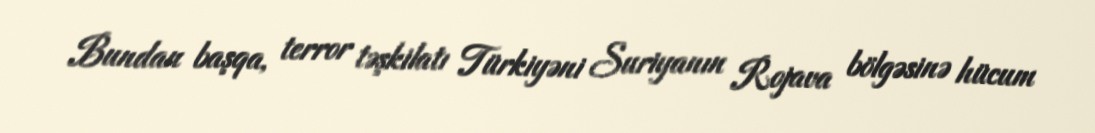
Bundan başqa, terror təşkilatı Türkiyəni Suriyanın Rojava bölgəsinə hücum